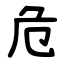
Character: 危